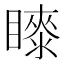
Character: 𭿤